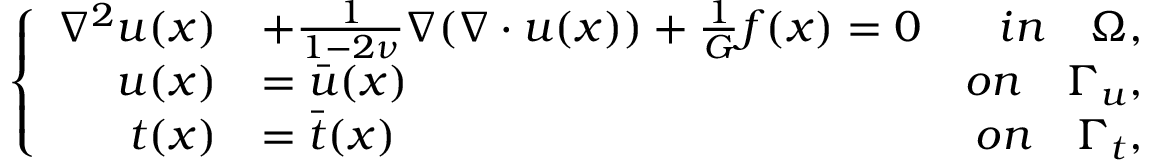
\left\{ \begin{array} { r l r } { \nabla ^ { 2 } \boldsymbol { u } ( \boldsymbol { x } ) } & { + \frac { 1 } { 1 - 2 \nu } \nabla ( \nabla \cdot \boldsymbol { u } ( \boldsymbol { x } ) ) + \frac { 1 } { G } \boldsymbol { f } ( \boldsymbol { x } ) = 0 } & { i n \quad \Omega , } \\ { \boldsymbol { u } ( \boldsymbol { x } ) } & { = \bar { \boldsymbol { u } } ( \boldsymbol { x } ) } & { o n \quad \Gamma _ { u } , } \\ { \boldsymbol { t } ( \boldsymbol { x } ) } & { = \bar { \boldsymbol { t } } ( \boldsymbol { x } ) } & { o n \quad \Gamma _ { t } , } \end{array} \right.